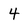
Character: 4